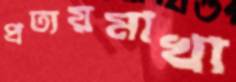
প্রত্যয়মাখা